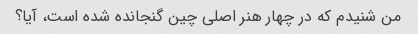
من شنیدم که در چهار هنر اصلی چین گنجانده شده است، آیا؟